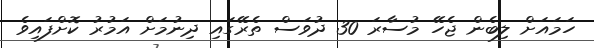
ހަމައަށް ލިބެން ޖެހޭ މުސާރަ 30 ދުވަސް ތެރޭގައި ދިނުމަށް އަމުރު ކޮށްފައިވެ